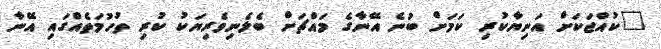
"ކުއްޖަކަށް އަނިޔާކުރި ކަމަށް ބުނެ އޭނާގެ މައްޗަށް ބެލެނިވެރިޔަކު ކުރި ތުހުމަތެެއްގައި އޭނާ